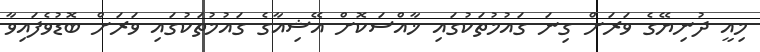
މިއީ ދުނިޔޭގެ ވަރަށް ގިނަ ގައުމުތަކުގައި ޚާއްސަކޮށް އޭޝިއާގެ ގައުމުތަކުގައި ވަރަށް ބޮޑުވެފައިވާ